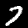
Label: 7